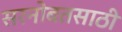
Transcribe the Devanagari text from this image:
सरनोबतसाठी